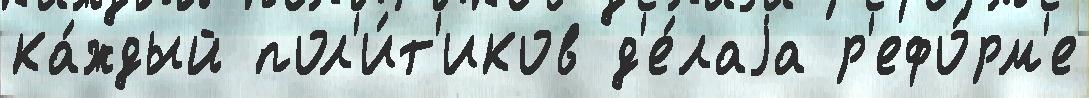
ка́ждый пол'и́т'иков д'е́лаjа р'ефо́рм'е